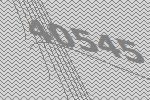
40545